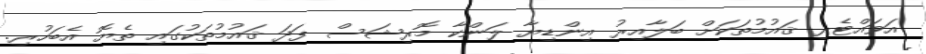
އަވައްޓެރި ޤައުމުތަކަށް ބަލާއިރު އިންޑިޔާ ލަންކާ މޮރިޝަސް ފަދަ ޤައުމުތަކުގައި ތެޔޮ އެބަހުރި.